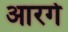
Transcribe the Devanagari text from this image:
आरगे